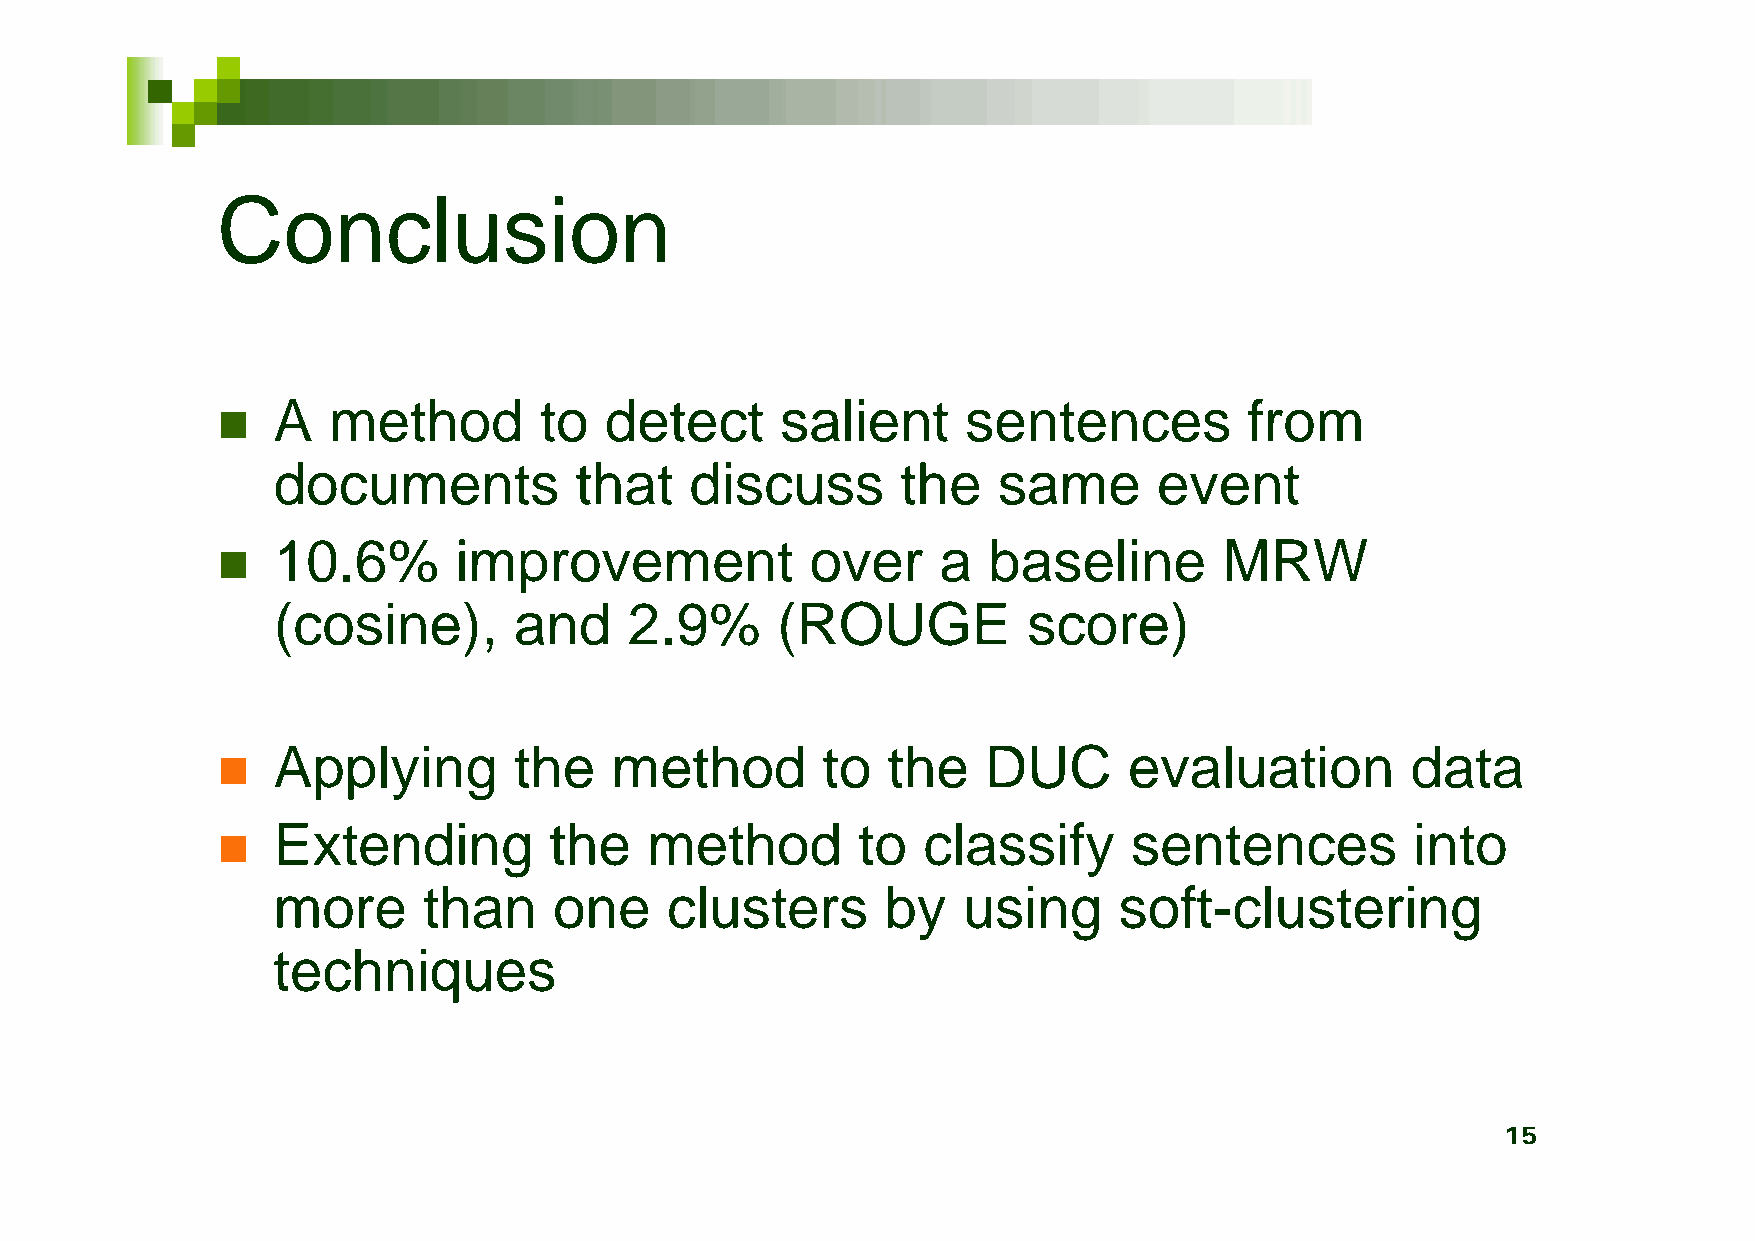
Conclusion
 A   method        to  detect      salient     sentences          from
 
 documents           that    discuss       the   same       event
 10.6%       improvement             over    a  baseline        MRW
 
 (cosine),       and     2.9%     (ROUGE           score)
 Applying        the   method        to   the   DUC       evaluation        data
 
 Extending         the    method        to  classify      sentences          into
 
 more      than     one    clusters       by   using     soft-clustering
 techniques
 15